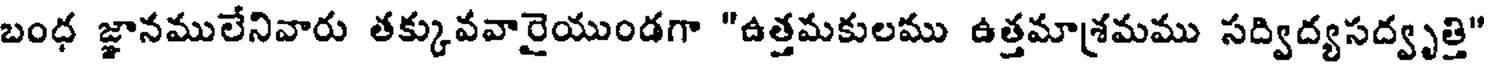
బంధ జ్ఞానములేనివారు తక్కువవారైయుండగా "ఉత్తమకులము ఉత్తమాశ్రమము సద్విద్యసద్వృత్తి"